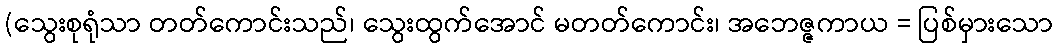
(သွေးစုရုံသာ တတ်ကောင်းသည်၊ သွေးထွက်အောင် မတတ်ကောင်း၊ အဘေဇ္ဇကာယ = ပြစ်မှားသော